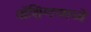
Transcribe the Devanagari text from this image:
वॉशिंग्टनमध्ये